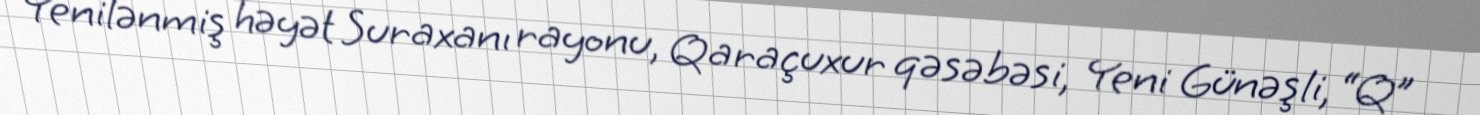
Yenilənmiş həyət Suraxanı rayonu, Qaraçuxur qəsəbəsi, Yeni Günəşli, “Q”